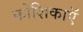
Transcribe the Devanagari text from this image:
कोशिकाऍं